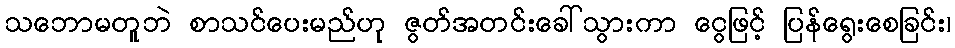
သဘောမတူဘဲ စာသင်ပေးမည်ဟု ဇွတ်အတင်းခေါ်သွားကာ ငွေဖြင့် ပြန်ရွေးစေခြင်း၊